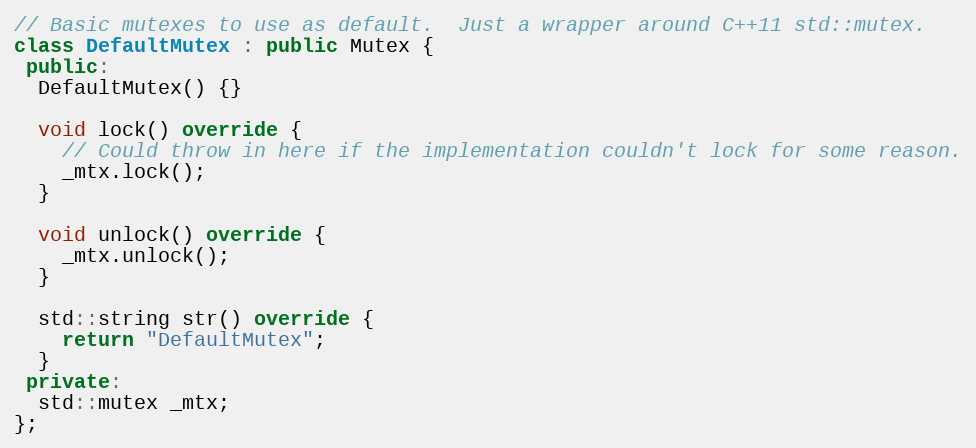
Language: C++
// Basic mutexes to use as default.  Just a wrapper around C++11 std::mutex.
class DefaultMutex : public Mutex {
 public:
  DefaultMutex() {}

  void lock() override {
    // Could throw in here if the implementation couldn't lock for some reason.
    _mtx.lock();
  }

  void unlock() override {
    _mtx.unlock();
  }

  std::string str() override {
    return "DefaultMutex";
  }
 private:
  std::mutex _mtx;
};